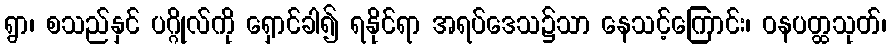
ရွာ၊ စသည်နှင် ပဂ္ဂိုလ်ကို ရှောင်ခါ၍ ရနိုင်ရာ အရပ်ဒေသ၌သာ နေသင့်ကြောင်း၊ ဝနပတ္ထသုတ်၊